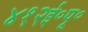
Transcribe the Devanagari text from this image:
४१२ई॰पू॰